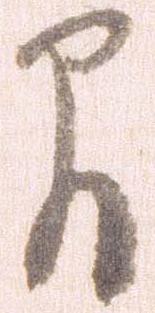
間